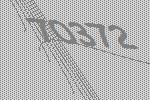
70372